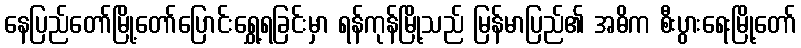
နေပြည်တော်မြို့တော်ပြောင်းရွှေ့ရခြင်းမှာ ရန်ကုန်မြို့သည် မြန်မာပြည်၏ အဓိက စီးပွားရေးမြို့တော်